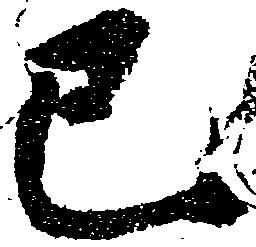
巳